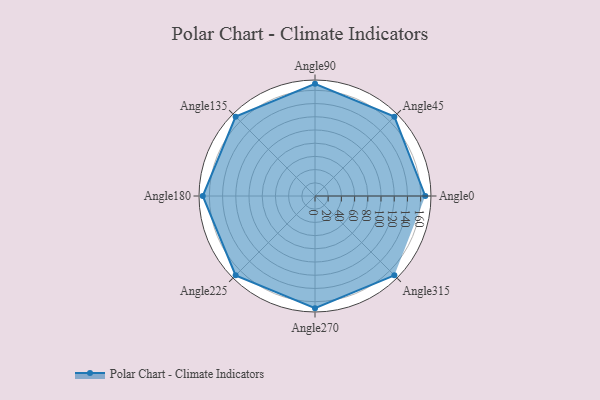
{"axis": {"x": "Angle", "y": "Radius"}, "legend": [""], "data": [{"x": "Angle0", "y": 167.0, "type": ""}, {"x": "Angle45", "y": 170, "type": ""}, {"x": "Angle90", "y": 170, "type": ""}, {"x": "Angle135", "y": 170, "type": ""}, {"x": "Angle180", "y": 170, "type": ""}, {"x": "Angle225", "y": 170, "type": ""}, {"x": "Angle270", "y": 170, "type": ""}, {"x": "Angle315", "y": 170, "type": ""}]}